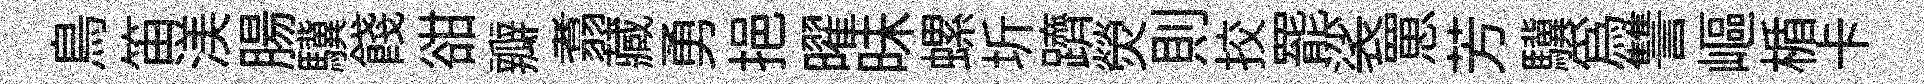
鳥笛渼腸驥餞𧮳瓣翥藏勇挹曜昧螺圻躋熒則挍罷裟罳芳驥為讐嶇楯卡